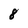
Character: 8